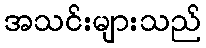
အသင်းများသည်